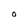
Character: O